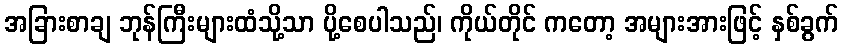
အခြားစာချ ဘုန်ကြီးများထံသို့သာ ပို့စေပါသည်၊ ကိုယ်တိုင် ကတော့ အများအားဖြင့် နှစ်ခွက်